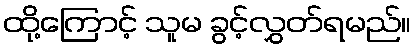
ထို့ကြောင့် သူမ ခွင့်လွှတ်ရမည်။